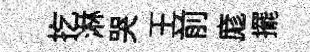
扢淋哭王前庬擺